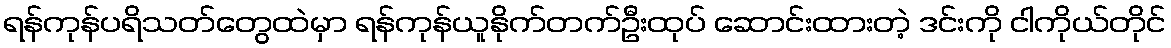
ရန်ကုန်ပရိသတ်တွေထဲမှာ ရန်ကုန်ယူနိုက်တက်ဦးထုပ် ဆောင်းထားတဲ့ ဒင်းကို ငါကိုယ်တိုင်